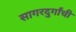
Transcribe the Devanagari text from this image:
सागरदुर्गांची